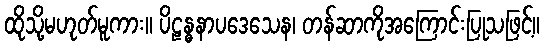
ထိုသို့မဟုတ်မူကား။ ပိဠန္ဓနာပဒေသေန၊ တန်ဆာကိုအကြောင်းပြုသဖြင့်။